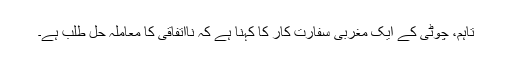
تاہم، چوٹی کے ایک مغربی سفارت کار کا کہنا ہے کہ نااتفاقی کا معاملہ حل طلب ہے۔